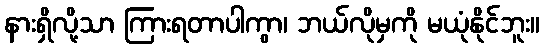
နားရှိလို့သာ ကြားရတာပါကွာ၊ ဘယ်လိုမှကို မယုံနိုင်ဘူး။